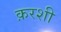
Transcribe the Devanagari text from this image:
क़रशी